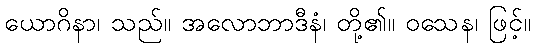
ယောဂိနာ၊ သည်။ အလောဘာဒီနံ၊ တို့၏။ ဝသေန၊ ဖြင့်။